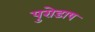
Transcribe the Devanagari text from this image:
पुरोडाष